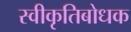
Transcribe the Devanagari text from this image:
स्वीकृतिबोधक